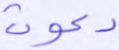
دعوت